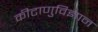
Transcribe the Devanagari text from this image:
कीटाणुविज्ञान